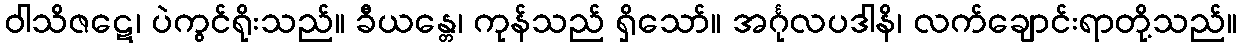
ဝါသိဇဋေ၊ ပဲကွင်ရိုးသည်။ ခီယန္တေ၊ ကုန်သည် ရှိသော်။ အင်္ဂုလပဒါနိ၊ လက်ချောင်းရာတို့သည်။